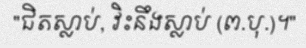
"ជិតស្លាប់, វិះនឹងស្លាប់ (ព.បុ.)។"